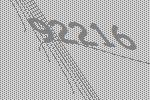
92216